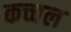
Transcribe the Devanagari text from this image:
कच्चल